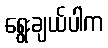
ရွေးချယ်ပါက